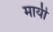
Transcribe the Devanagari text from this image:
मायी